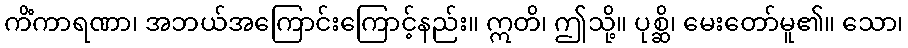
ကိံကာရဏာ၊ အဘယ်အကြောင်းကြောင့်နည်း။ ဣတိ၊ ဤသို့။ ပုစ္ဆိ၊ မေးတော်မူ၏။ သော၊